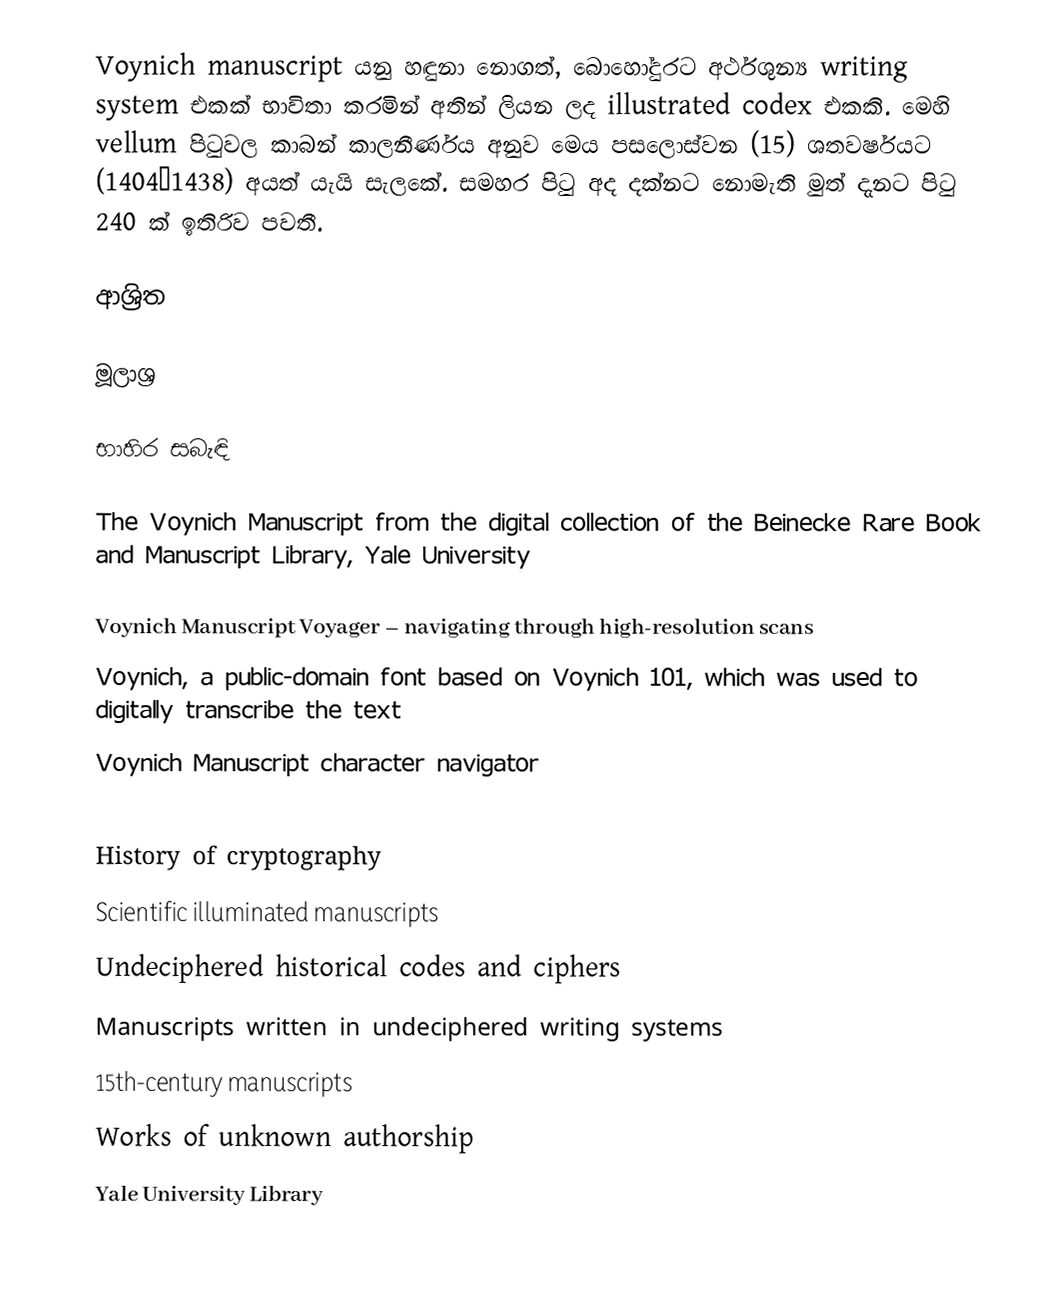
Voynich manuscript යනු හඳුනා නොගත්, බොහෝදුරට අර්ථශුන්‍ය writing system එකක්  භාවිතා කරමින් අතින් ලියන ලද illustrated codex එකකි. මෙහි vellum පිටුවල කාබන් කාලනීර්ණය අනුව මෙය පසලොස්වන (15) ශතවර්ෂයට (1404–1438) අයත් යැයි සැලකේ. සමහර පිටු අද දක්නට නොමැති මුත් දැනට පිටු 240 ක් ඉතිරිව පවතී.

ආශ්‍රිත

මූලාශ්‍ර

භාහිර සබැඳි

 The Voynich Manuscript from the digital collection of the Beinecke Rare Book and Manuscript Library, Yale University

 Voynich Manuscript Voyager – navigating through high-resolution scans
 Voynich, a public-domain font based on Voynich 101, which was used to digitally transcribe the text
 Voynich Manuscript character navigator

History of cryptography
Scientific illuminated manuscripts
Undeciphered historical codes and ciphers
Manuscripts written in undeciphered writing systems
15th-century manuscripts
Works of unknown authorship
Yale University Library